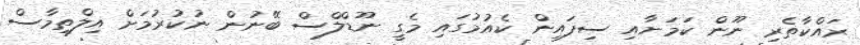
ރައްކާތެރި ނޫން ކަމަށާއި ސިފައިން ކެއުމުގައި މެގީ ނޫޑްލްސް ބޭނުން ނުކުރުމަށް އިލްތިމާސް